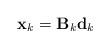
LaTeX: \begin{align*}{\mathbf{x}_k} = {{\mathbf{B}}_k {\mathbf{d}}_k }\end{align*}